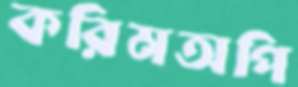
করিমঅপি